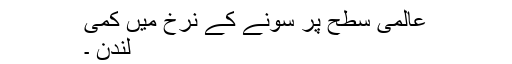
عالمی سطح پر سونے کے نرخ میں کمی
لندن ۔